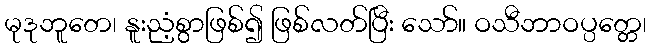
မုဒုဘူတေ၊ နူးညံ့စွာဖြစ်၍ ဖြစ်လတ်ပြီး သော်။ ဝသီဘာဝပ္ပတ္တေ၊